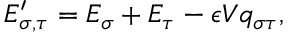
E _ { \sigma , \tau } ^ { \prime } = E _ { \sigma } + E _ { \tau } - \epsilon V q _ { \sigma \tau } ,